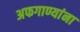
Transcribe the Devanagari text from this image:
अफगाण्यांना